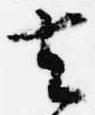
去